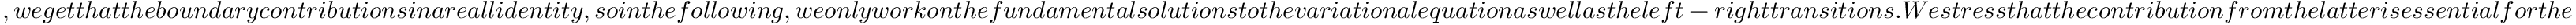
, w e g e t t h a t t h e b o u n d a r y c o n t r i b u t i o n s i n a r e a l l i d e n t i t y , s o i n t h e f o l l o w i n g , w e o n l y w o r k o n t h e f u n d a m e n t a l s o l u t i o n s t o t h e v a r i a t i o n a l e q u a t i o n a s w e l l a s t h e l e f t - r i g h t t r a n s i t i o n s . W e s t r e s s t h a t t h e c o n t r i b u t i o n f r o m t h e l a t t e r i s e s s e n t i a l f o r t h e